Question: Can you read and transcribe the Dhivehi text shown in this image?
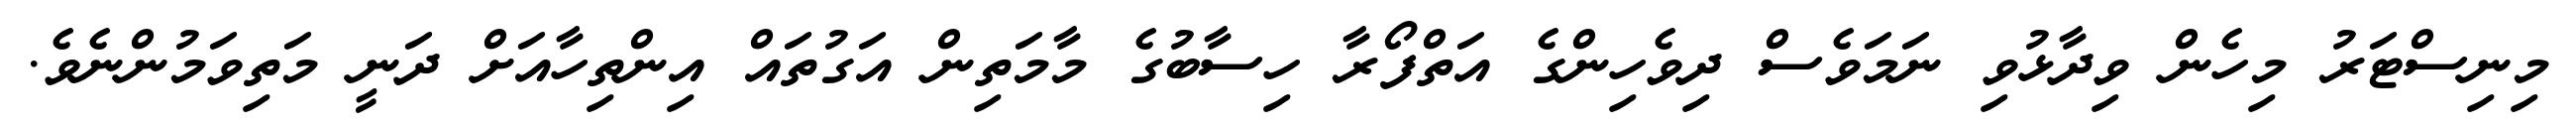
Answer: މިނިސްޓަރު މިހެން ވިދާޅުވި ނަމަވެސް ދިވެހިންގެ އަތްފޯރާ ހިސާބުގެ މާމަތިން އަގުތައް އިންތިހާއަށް ދަނީ މަތިވަމުންނެވެ.